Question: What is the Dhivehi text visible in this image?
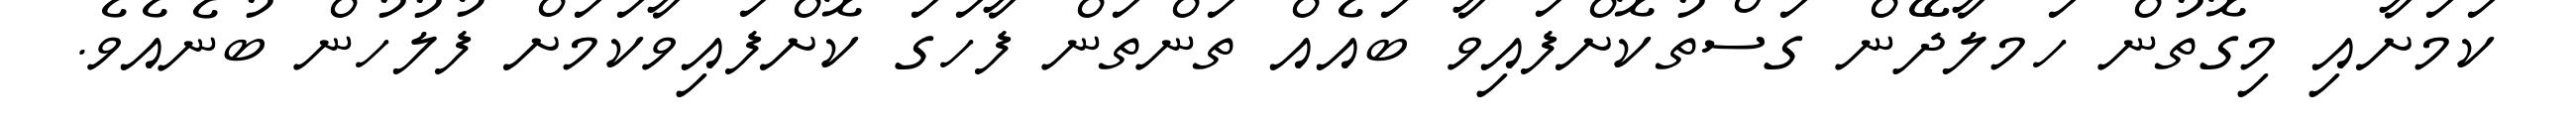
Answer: ކަމަށާއި މިގޮތުން ހަމލާދޭން ގަސްތުކޮށްފައިވާ ބައެއް ތަންތަން ފާހަގަ ކޮށްފައިވާކަމަށް ފުލުހުން ބުނެއެވެ.